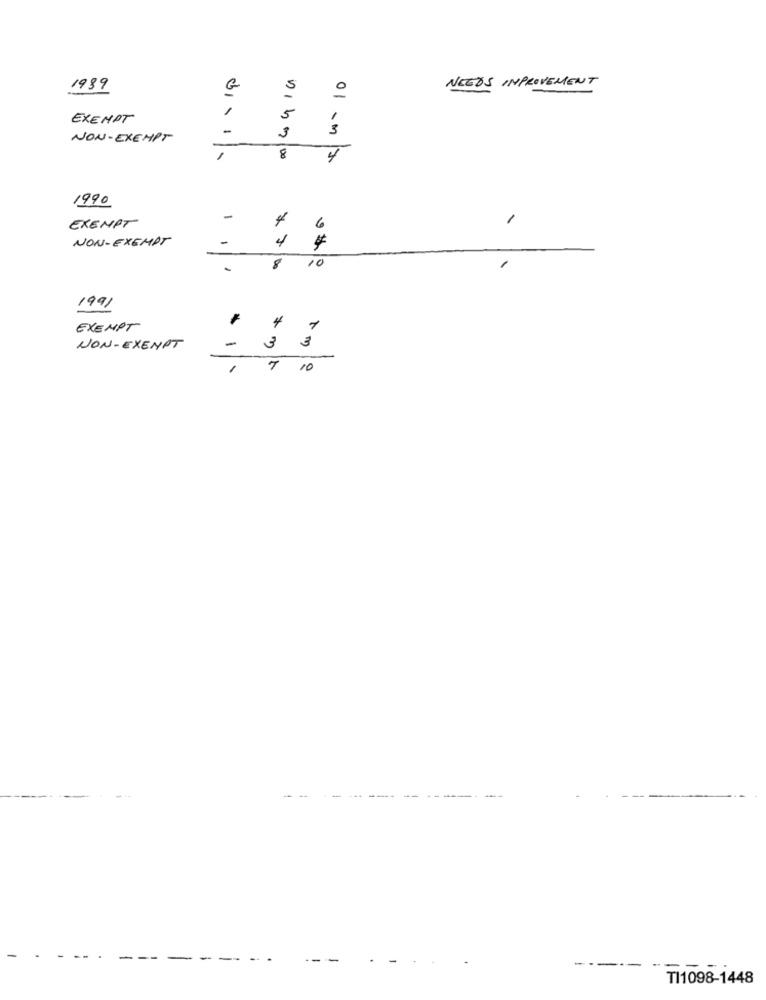
NEEDS IMPROVEMENT
1989
G
1
EXEMPT
5
01 - m
NON-EXEMPT
3
8
1990
-
1
EXEMPT
6
NON-EXEMPT
8
10
.
1991
EXEMPT
4
1
-
NON-EXEMPT
3
3
10
-
--.
TI1098-1448